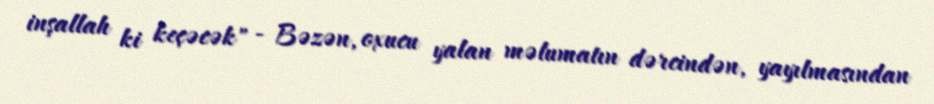
inşallah ki keçəcək" - Bəzən, oxucu yalan məlumatın dərcindən, yayılmasından